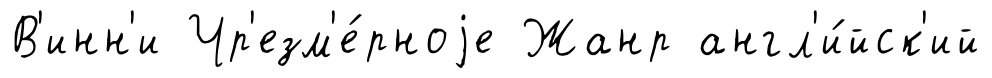
В'инн'и Чр'езм'е́рноjе Жанр англ'и́йск'ий